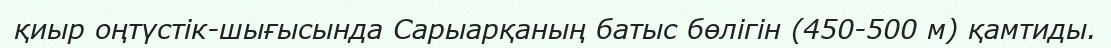
қиыр оңтүстік-шығысында Сарыарқаның батыс бөлігін (450-500 м) қамтиды.